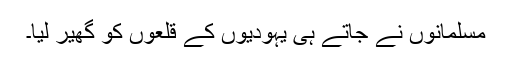
مسلمانوں نے جاتے ہی یہودیوں کے قلعوں کو گھیر لیا۔